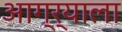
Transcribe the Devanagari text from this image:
आग्र्‍याला